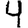
Digit: 4